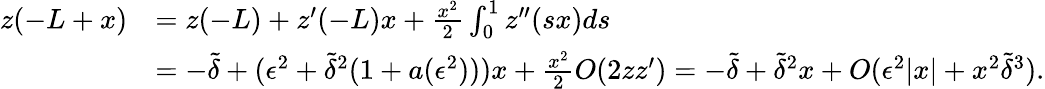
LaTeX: \begin{array}{rl}{z(-L+x)}&{=z(-L)+z^{\prime}(-L)x+\frac{x^{2}}{2}\int_{0}^{1}z^{\prime\prime}(sx)ds}\\ &{=-\tilde{\delta}+(\epsilon^{2}+\tilde{\delta}^{2}(1+a(\epsilon^{2})))x+\frac{x^{2}}{2}O(2zz^{\prime})=-\tilde{\delta}+\tilde{\delta}^{2}x+O(\epsilon^{2}|x|+x^{2}\tilde{\delta}^{3}).}\end{array}